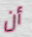
أن